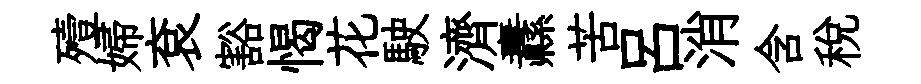
殪婦袞豁愒花駛濟纛苦呂消含稅